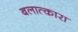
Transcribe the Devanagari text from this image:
बलात्कारा